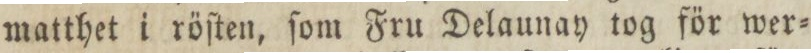
matthet i röſten, ſom Fru Delaunay tog för wer=